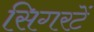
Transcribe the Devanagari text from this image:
सिगरटें